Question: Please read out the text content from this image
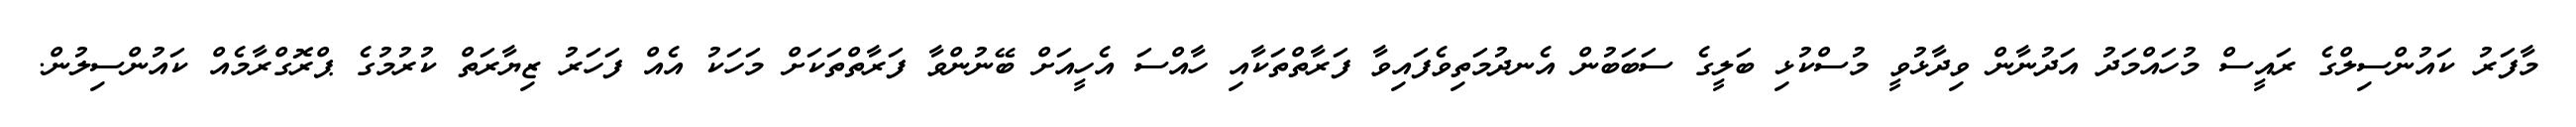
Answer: މާފަރު ކައުންސިލްގެ ރައީސް މުހައްމަދު އަދުނާން ވިދާޅުވީ މުސްކުޅި ބަލީގެ ސަބަބުން އެނދުމަތިވެފައިވާ ފަރާތްތަކާއި ހާއްސަ އެހީއަށް ބޭނުންވާ ފަރާތްތަކަށް މަހަކު އެއް ފަހަރު ޒިޔާރަތް ކުރުމުގެ ޕްރޮގްރާމެއް ކައުންސިލުން.